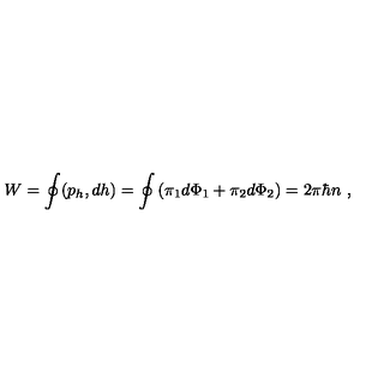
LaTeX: W = \oint ( p _ { h } , d h ) = \oint \left( \pi _ { 1 } d \Phi _ { 1 } + \pi _ { 2 } d \Phi _ { 2 } \right) = 2 \pi \hbar n \ ,